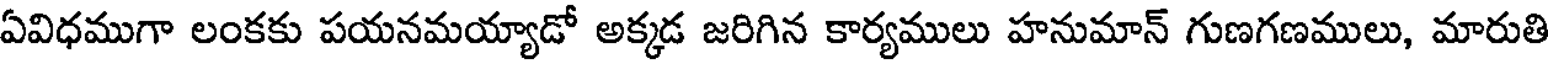
ఏవిధముగా లంకకు పయనమయ్యాడో అక్కడ జరిగిన కార్యములు హనుమాన్ గుణగణములు, మారుతి